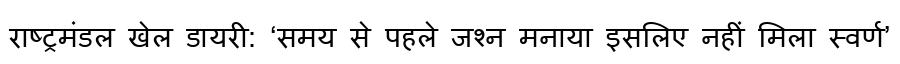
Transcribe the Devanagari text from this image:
राष्ट्रमंडल खेल डायरी: ‘समय से पहले जश्न मनाया इसलिए नहीं मिला स्वर्ण’